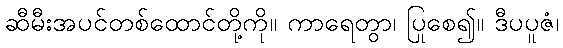
ဆီမီးအပင်တစ်ထောင်တို့ကို။ ကာရေတွာ၊ ပြုစေ၍။ ဒီပပူဇံ၊